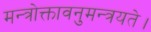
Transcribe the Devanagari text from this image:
मन्त्रोक्तावनुमन्त्रयते।